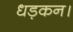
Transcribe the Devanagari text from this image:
धड़कन।